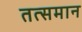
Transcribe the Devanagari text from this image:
तत्समान